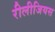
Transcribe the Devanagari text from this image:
रीलीजियस